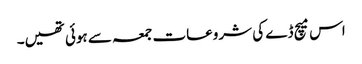
اس میچ ڈے کی شروعات جمعہ سے ہوئی تھیں۔